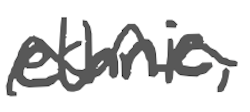
Text: ethnic,
Cross-out: wave
Writing tool: digital_gray